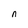
Character: n